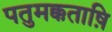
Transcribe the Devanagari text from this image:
पतुमक्कताष़ि